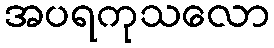
အပရကုသလော